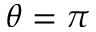
\theta = \pi